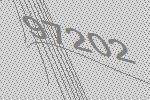
97202